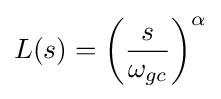
L(s)=\left({\frac {s}{\omega _{gc}}}\right)^{\alpha }